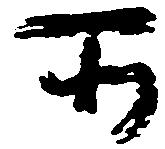
所